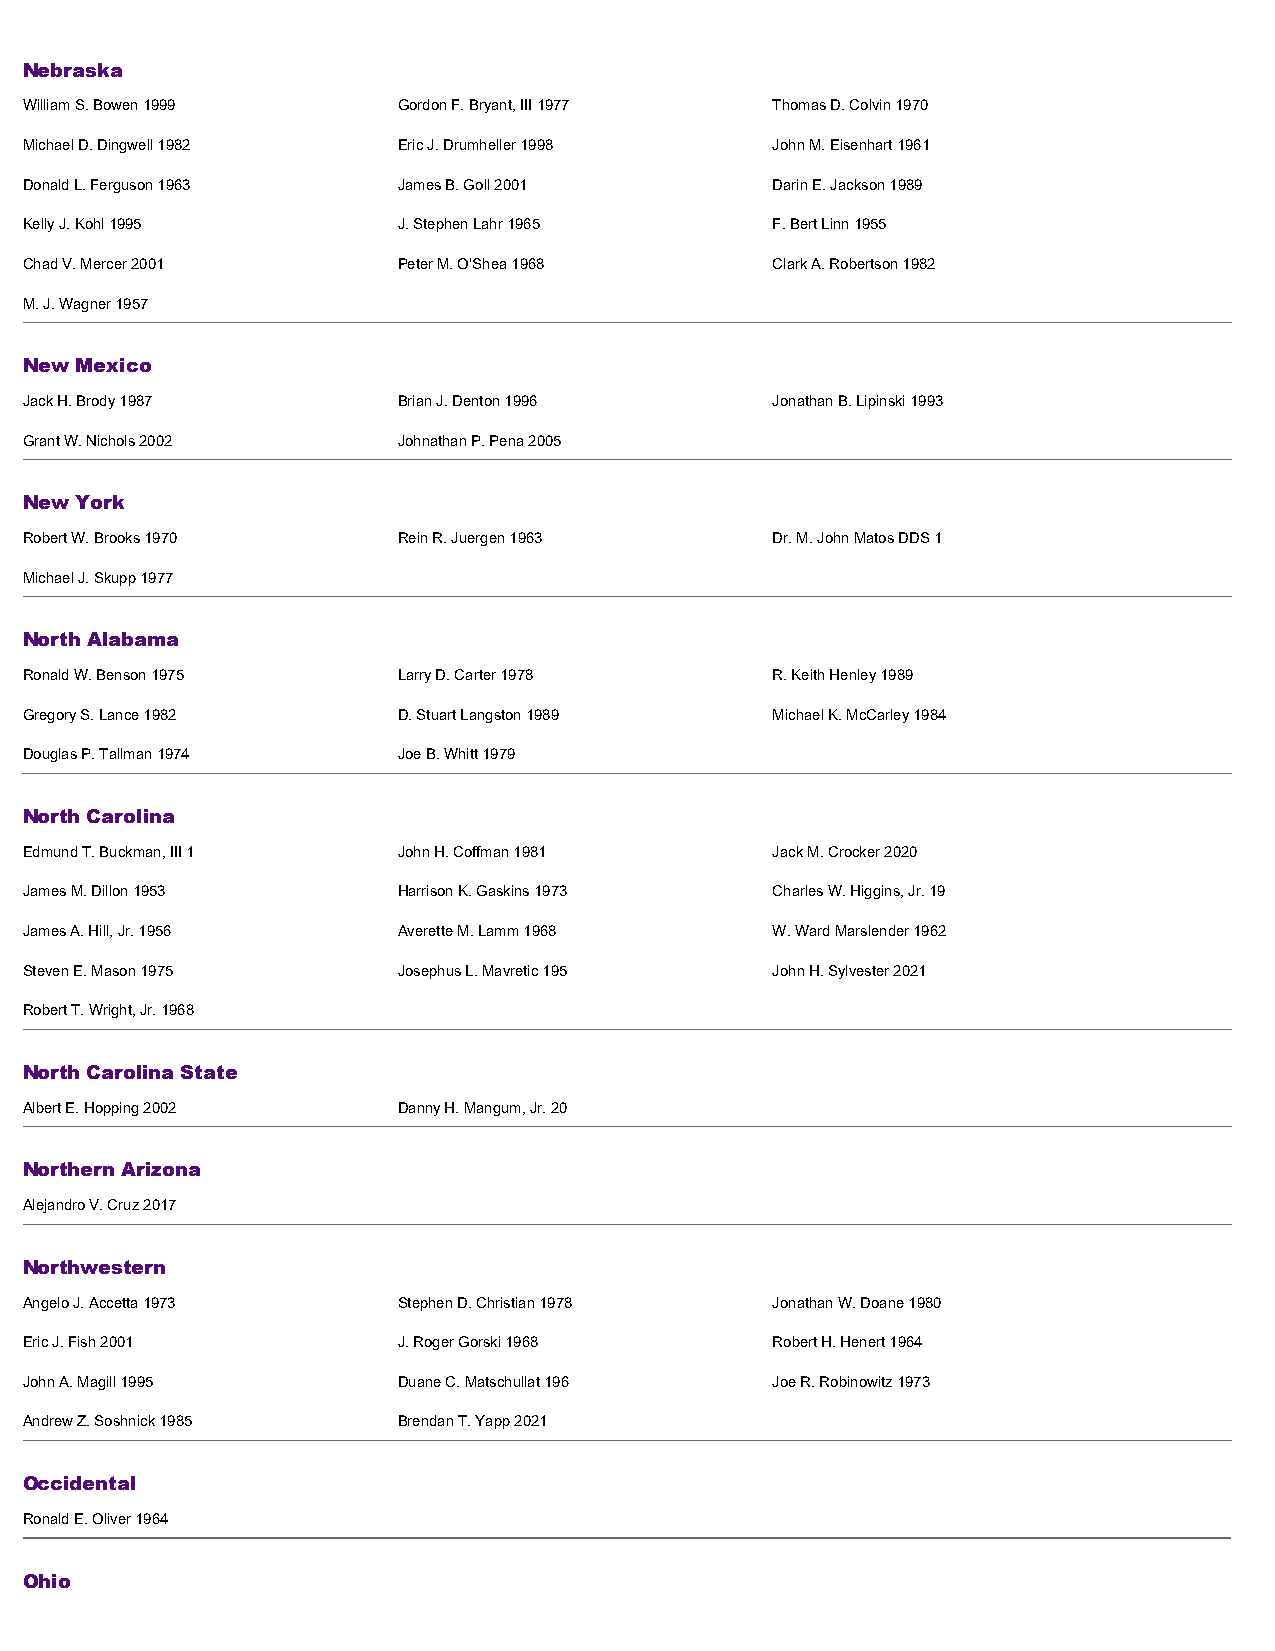
Nebraska
 William S. Bowen 1999    Gordon F. Bryant, III 1977 Thomas D. Colvin 1970
 Michael D. Dingwell 1982 Eric J. Drumheller 1998  John M. Eisenhart 1961
 Donald L. Ferguson 1963  James B. Goll 2001       Darin E. Jackson 1989
 Kelly J. Kohl 1995       J. Stephen Lahr 1965     F. Bert Linn 1955
 Chad V. Mercer 2001      Peter M. O'Shea 1968     Clark A. Robertson 1982
 M. J. Wagner 1957
 New Mexico
 Jack H. Brody 1987       Brian J. Denton 1996     Jonathan B. Lipinski 1993
 Grant W. Nichols 2002    Johnathan P. Pena 2005
 New York
 Robert W. Brooks 1970    Rein R. Juergen 1963     Dr. M. John Matos DDS 1
 Michael J. Skupp 1977
 North Alabama
 Ronald W. Benson 1975    Larry D. Carter 1978     R. Keith Henley 1989
 Gregory S. Lance 1982    D. Stuart Langston 1989  Michael K. McCarley 1984
 Douglas P. Tallman 1974  Joe B. Whitt 1979
 North Carolina
 Edmund T. Buckman, III 1 John H. Coffman 1981     Jack M. Crocker 2020
 James M. Dillon 1953     Harrison K. Gaskins 1973 Charles W. Higgins, Jr. 19
 James A. Hill, Jr. 1956  Averette M. Lamm 1968    W. Ward Marslender 1962
 Steven E. Mason 1975     Josephus L. Mavretic 195 John H. Sylvester 2021
 Robert T. Wright, Jr. 1968
 North Carolina State
 Albert E. Hopping 2002   Danny H. Mangum, Jr. 20
 Northern Arizona
 Alejandro V. Cruz 2017
 Northwestern
 Angelo J. Accetta 1973   Stephen D. Christian 1978 Jonathan W. Doane 1980
 Eric J. Fish 2001        J. Roger Gorski 1968     Robert H. Henert 1964
 John A. Magill 1995      Duane C. Matschullat 196 Joe R. Robinowitz 1973
 Andrew Z. Soshnick 1985  Brendan T. Yapp 2021
 Occidental
 Ronald E. Oliver 1964
 Ohio